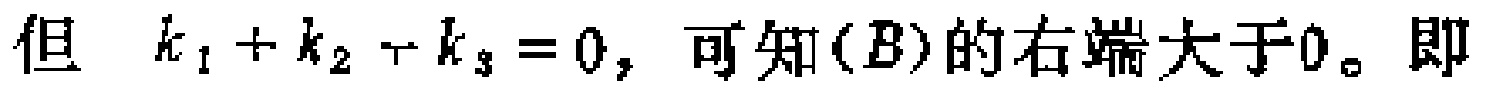
但 \(k_1 + k_2 + k_3 = 0\)，可知(B)的右端大于0。即